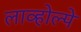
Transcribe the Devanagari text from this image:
लाव्होल्पे